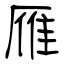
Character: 雁